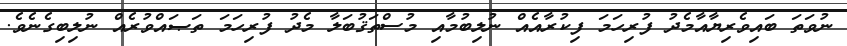
ނުވަތަ ބައިވެރިޔާއާމެދު ފުރިހަމަ ފިކުރާއެއް ނުލިބުމާއި މުސްތަޤުބަލާ މެދު ފުރިހަމަ ތަޞައްވުރެއް ނުލިބިގެނެވެ.